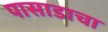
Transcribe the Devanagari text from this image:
पासाडाचा